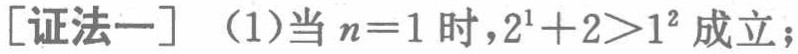
[证法一] （1）当 \(n = 1\) 时，\(2^{1}+2>1^{2}\) 成立；